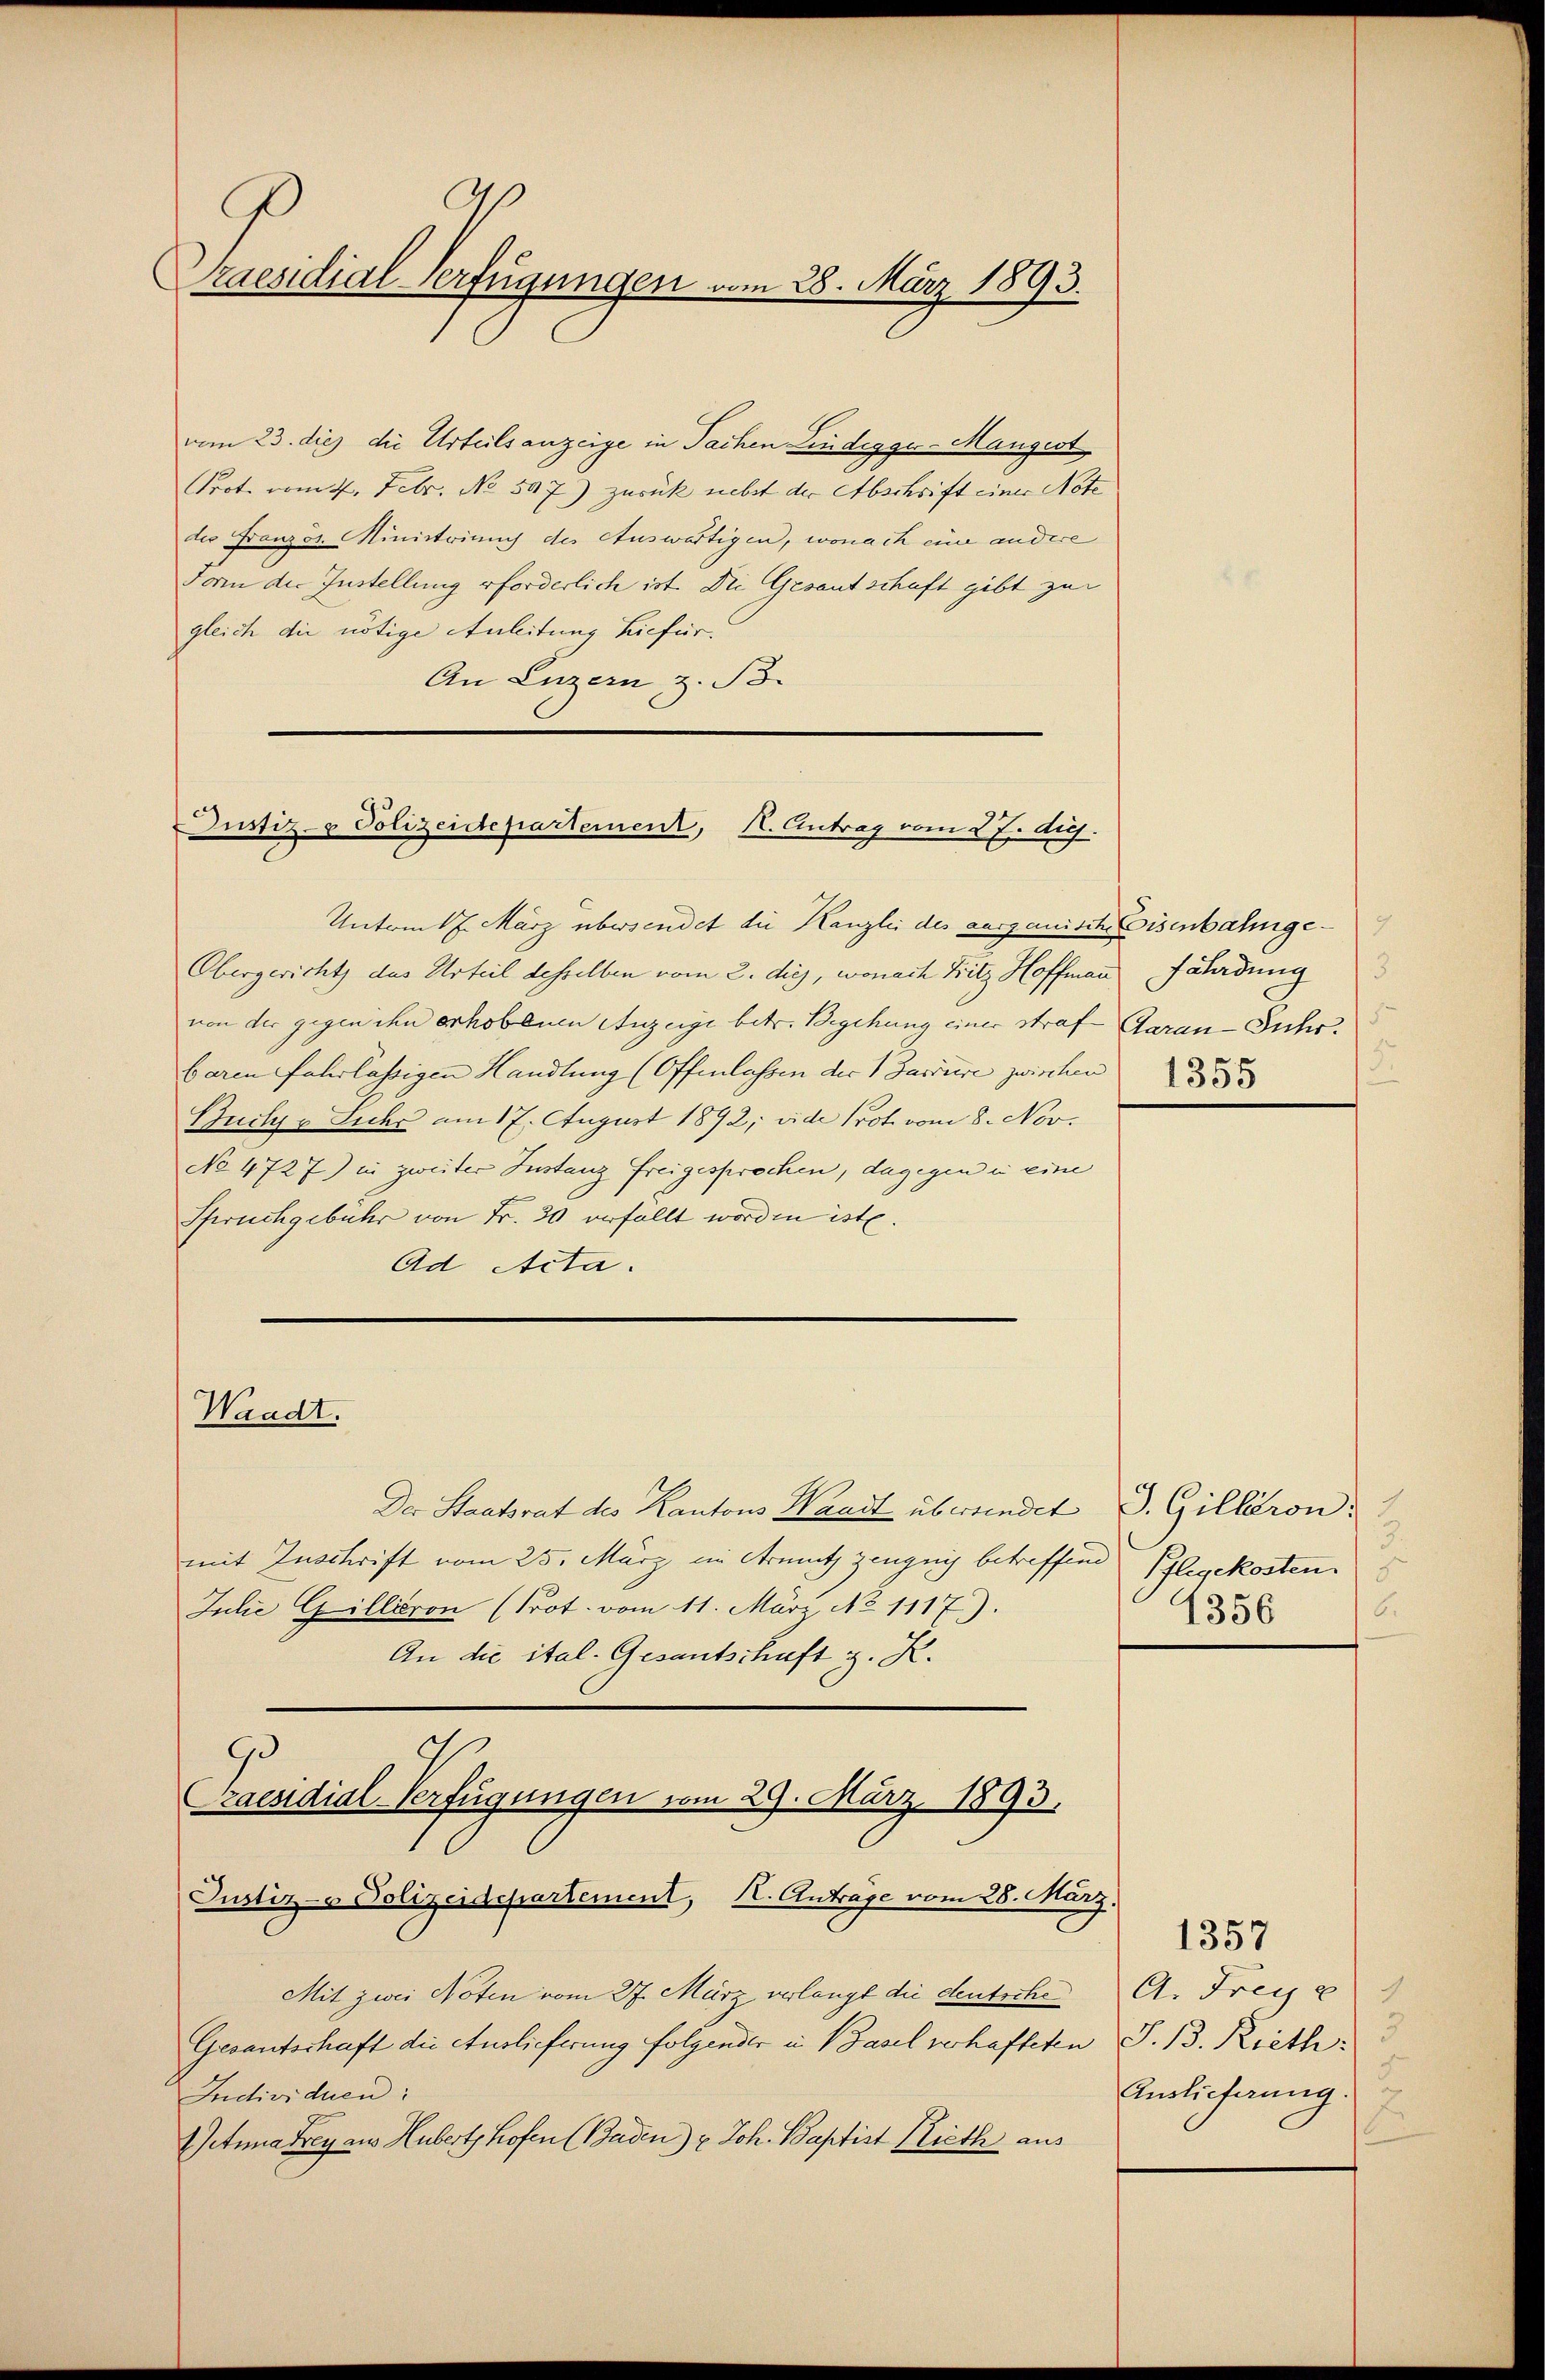
C
Praesidial-Verfügungen vom 28. März 1893.

vom 23. dies die Urteilsanzeige in Sachen Lindegger-Mangest
Prot. vom 4. Febr. No. 597) zurück nebst der Abschrift einer Nöte
der Französ. Ministrinus der Auswärtigen, wonach eine andere
Form die Instellung erforderlich ist. Die Gesantschaft gibt zur
gleich die nötige Anleitung hiefür¬
An Luzern z. B.

Justiz- & Polizeidepartement, K. Antrag vom 27. Aug.

Waadt.

Unterm 17. März übersendet die Kanzlei des aargauische Eisenbahnge¬
Obergericht das Urteil desselben vom 2. dies, wonach Fritz Hoffman fährdung
von der gegen ihn erhobenen Anzeige betr. Begehung einer straf- Garan-Juhr,
baren fahrlässigen Handlung (Offenlassen der 1 Fastere zwischen
Buche Sicher am 17. August 1892, vide Prot vom 8. Nov.
No 4727) in zweiter Instanz freigesprochen, dagegen in eine
Spruchgebühr von Fr. 20 erfällt worden ist.
Ad Acta.

Der Staatsrat des Kantons Waadt überfindet
mit Zuschrift vom 25. März im Armuth zeugnis betreffend
Julie Gillion (Prot. vom 11. März No 1117).
An die ital. Gesantschaft z. R.

Mit zwei Noten vom 27. März verlangt die deutsche A. Freie
Gesantschaft die Auslieferung folgender in Basel verhafteten S. 13. Rieth
Individuen:
Aetina Frey aus Hubert, hofen (Baden) u Joh. Baptist Rieth aus

2
90
Praesidial-Verfügungen vom 29. März 1893.
Justiz- & Polizeidepartement, K. Antrage vom 28. März.

1.

S. Gillion:
3.
Pflegekosten
6.
4356

5
Auslieferung.

1357